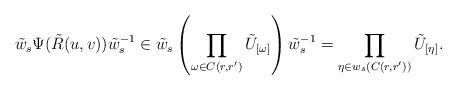
LaTeX: \begin{align*} \tilde{w}_s\Psi(\tilde{R}(u,v))\tilde{w}_s^{-1}&\in \tilde{w}_s \left(\prod_{\omega\in C(r,r')}\tilde{U}_{[\omega]}\right)\tilde{w}_s^{-1}=\prod_{\eta\in w_s(C(r,r'))}\tilde{U}_{[\eta]}.\end{align*}